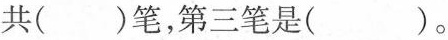
共（）笔，第三笔是（）。